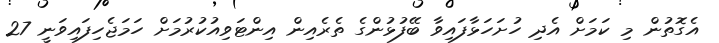
އެގޮތުން މި ކަމަށް އެދި ހުށަހަޅާފައިވާ ބޭފުޅުންގެ ތެރެއިން އިންޓަވިއުކުރުމަށް ހަމަޖެހިފައިވަނީ 27